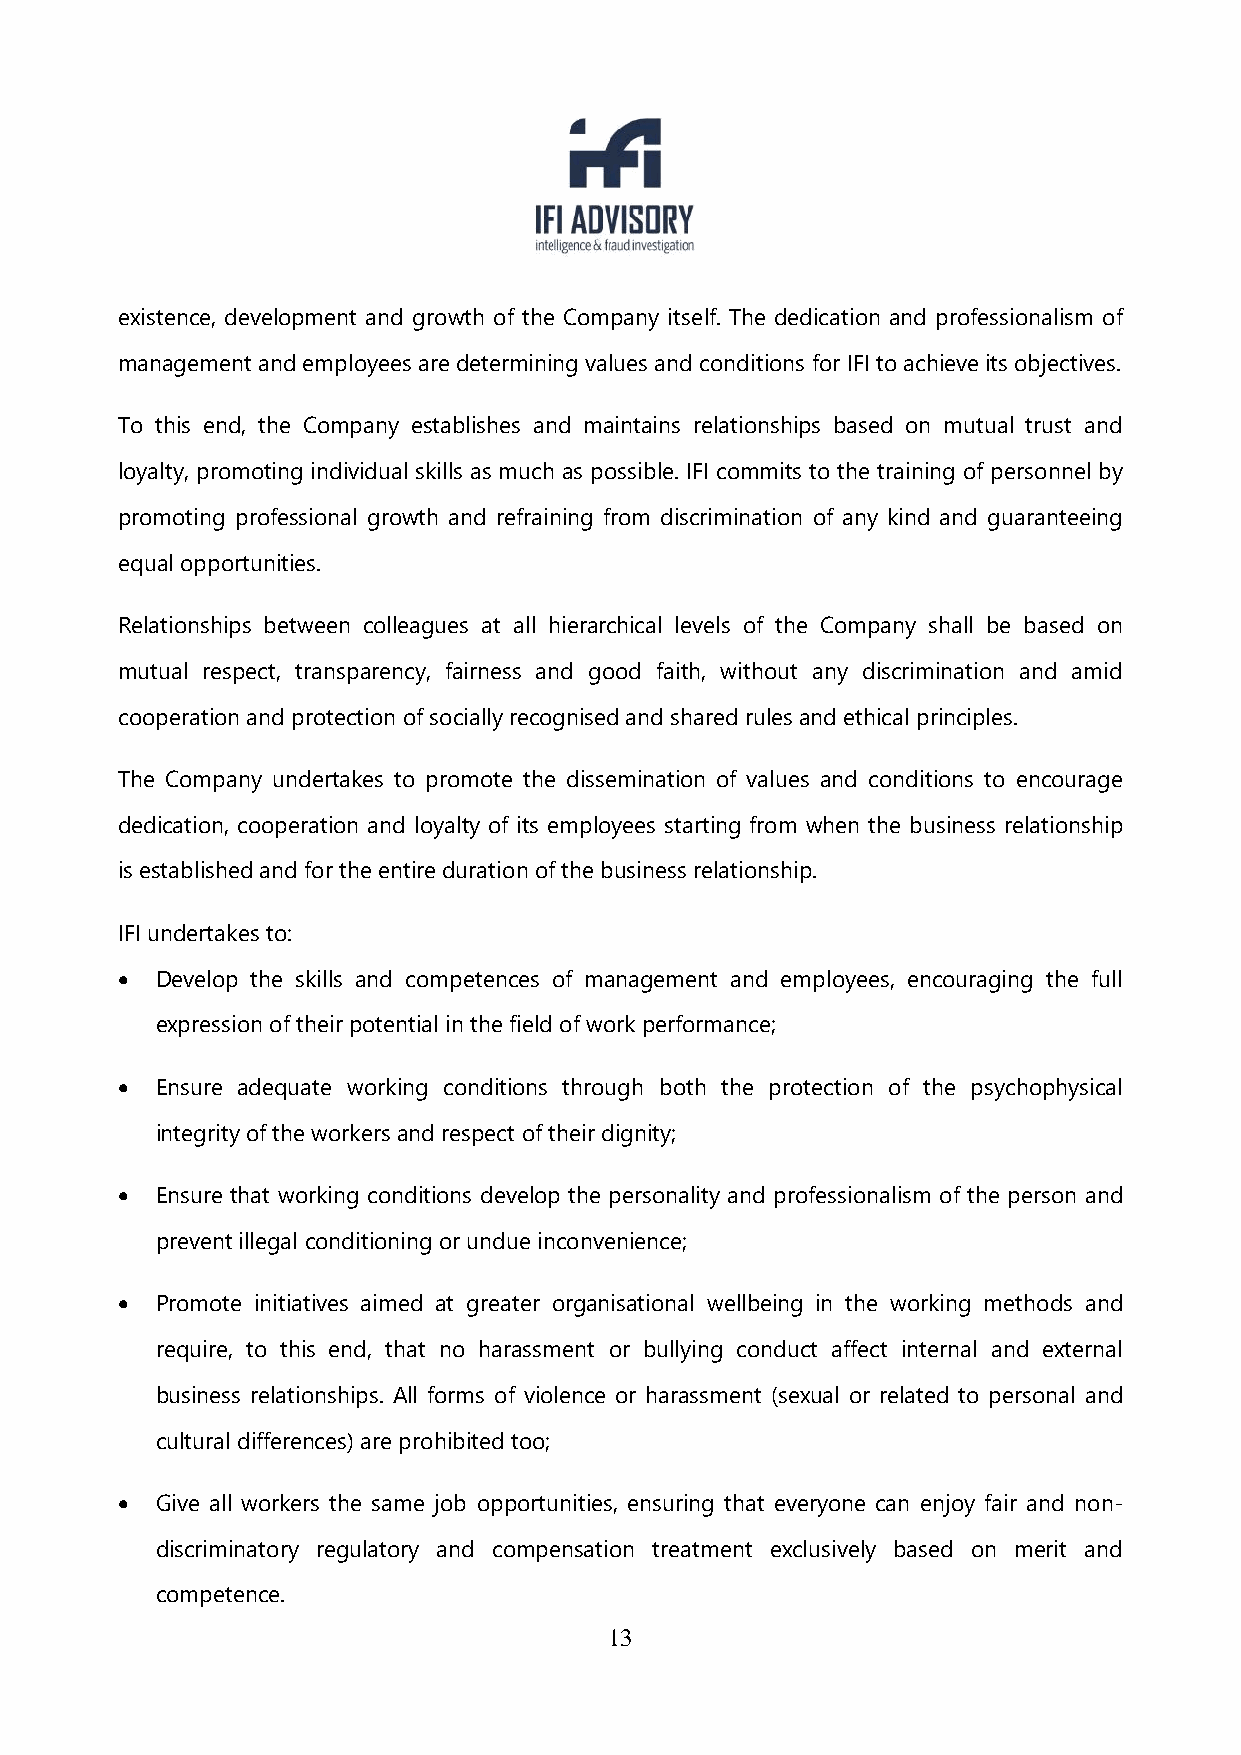
existence, development and growth of the Company itself. The dedication and professionalism of
 management and employees are determining values and conditions for IFI to achieve its objectives.
 To this end, the Company establishes and maintains relationships based on mutual trust and
 loyalty, promoting individual skills as much as possible. IFI commits to the training of personnel by
 promoting professional growth and refraining from discrimination of any kind and guaranteeing
 equal opportunities.
 Relationships between colleagues at all hierarchical levels of the Company shall be based on
 mutual respect, transparency, fairness and good faith, without any discrimination and amid
 cooperation and protection of socially recognised and shared rules and ethical principles.
 The Company undertakes to promote the dissemination of values and conditions to encourage
 dedication, cooperation and loyalty of its employees starting from when the business relationship
 is established and for the entire duration of the business relationship.
 IFI undertakes to:
  Develop the skills and competences of management and employees, encouraging the full
 expression of their potential in the field of work performance;
  Ensure adequate working conditions through both the protection of the psychophysical
 integrity of the workers and respect of their dignity;
  Ensure that working conditions develop the personality and professionalism of the person and
 prevent illegal conditioning or undue inconvenience;
  Promote initiatives aimed at greater organisational wellbeing in the working methods and
 require, to this end, that no harassment or bullying conduct affect internal and external
 business relationships. All forms of violence or harassment (sexual or related to personal and
 cultural differences) are prohibited too;
  Give all workers the same job opportunities, ensuring that everyone can enjoy fair and non-
 discriminatory regulatory and compensation treatment exclusively based on merit and
 competence.
 13